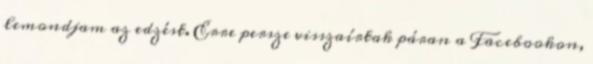
lemondjam az edzést. Erre persze visszaírtak páran a Facebookon,